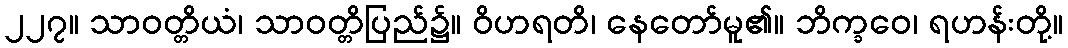
၂၂၇။ သာဝတ္တိယံ၊ သာဝတ္တိပြည်၌။ ဝိဟရတိ၊ နေတော်မူ၏။ ဘိက္ခဝေ၊ ရဟန်းတို့။